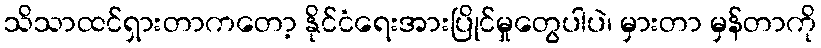
သိသာထင်ရှားတာကတော့ နိုင်ငံရေးအားပြိုင်မှုတွေပါပဲ၊ မှားတာ မှန်တာကို